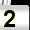
Digit: 2